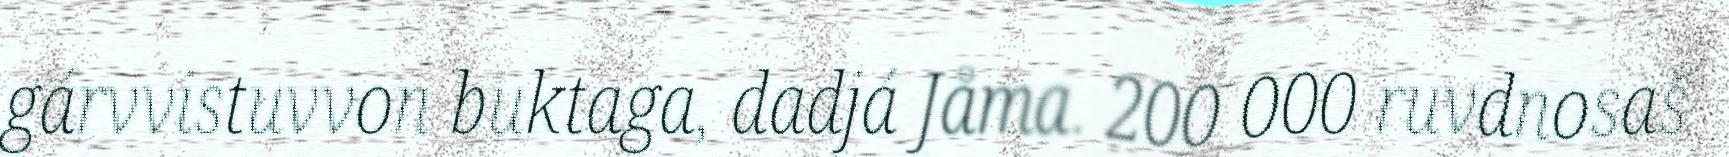
gárvvistuvvon buktaga, dadjá Jåma. 200 000 ruvdnosaš